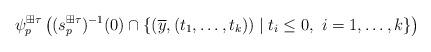
LaTeX: \begin{align*}\psi^{\boxplus\tau}_p\left((s^{\boxplus\tau}_p)^{-1}(0) \cap\{(\overline y,(t_1,\dots,t_k))\mid t_i \le 0, \,\, i=1,\dots,k\}\right)\end{align*}